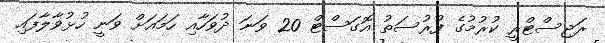
ރަޖިސްޓްރީ ކުރުމުގެ ފުރުސަތު އޮގަސްޓް 20 ވަނަ ދުވަހާއި ހަމައަށް ވަނީ ހުޅުޥާލާފައި